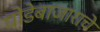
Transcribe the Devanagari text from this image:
घोडेबाजाराचे